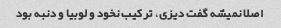
اصلا نمیشه گفت دیزی، ترکیب نخود و لوبیا و دنبه بود